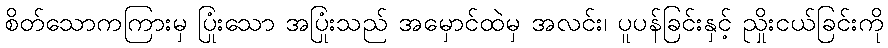
စိတ်သောကကြားမှ ပြုံးသော အပြုံးသည် အမှောင်ထဲမှ အလင်း၊ ပူပန်ခြင်းနှင့် ညှိုးငယ်ခြင်းကို